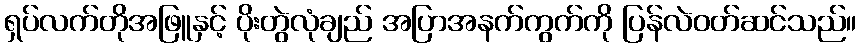
ရှပ်လက်တိုအဖြူနှင့် ပိုးတွဲလုံချည် အပြာအနက်ကွက်ကို ပြန်လဲဝတ်ဆင်သည်။